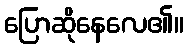
ပြောဆိုနေလေ၏။